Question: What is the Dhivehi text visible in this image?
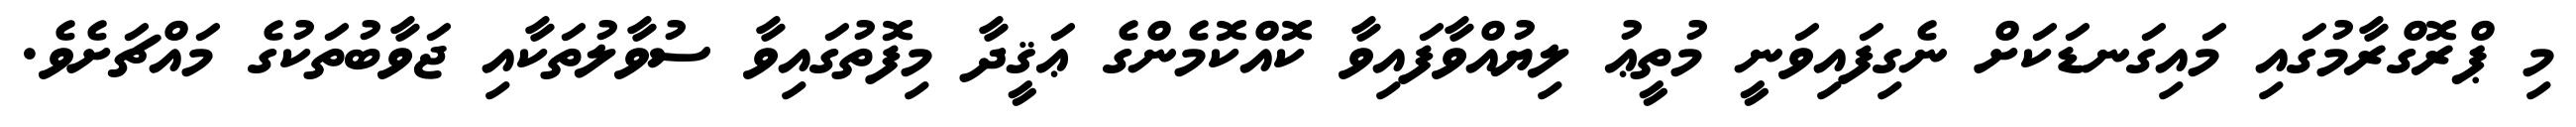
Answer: މި ޕްރޮގްރާމުގައި މައިގަނޑަކަށް ނެގިފައިވަނީ މުތީޢު ލިޔުއްވާފައިވާ ކޮއްކޮމެންގެ ޢަޤީދާ މިފޮތުގައިވާ ސުވާލުތަކާއި ޖަވާބުތަކުގެ މައްޗަށެވެ.